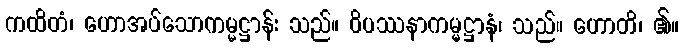
ကထိတံ၊ ဟောအပ်သောကမ္မဋ္ဌာန်း သည်။ ဝိပဿနာကမ္မဋ္ဌာနံ၊ သည်။ ဟောတိ၊ ၏။